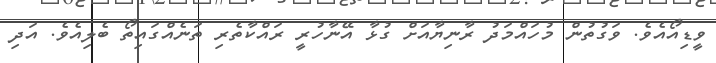
ވީޑިއޯއެވެ. ވަގުތުން މުހައްމަދު ރާނިޔާއަށް ގުޅާ އޭނާހުރީ ރައްކާތެރި ތަނެއްގައިތޯ ބެލިއެވެ. އަދި